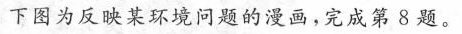
下图为反映某环境问题的漫画，完成第8题。